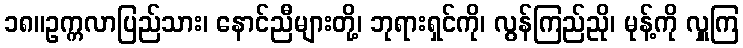
၁၈။ဥက္ကလာပြည်သား၊ နောင်ညီများတို့၊ ဘုရားရှင်ကို၊ လွန်ကြည်ညို၊ မုန့်ကို လှူကြ